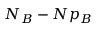
N _ { B } - N p _ { B }